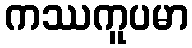
ကဿကူပမာ